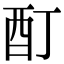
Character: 酊